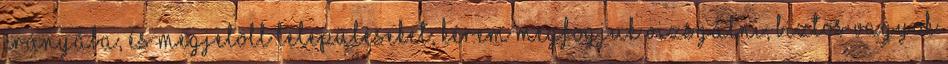
irányába, és megjelölt településeket, kérem megfogjuk vizsgálni, biztos vagyok